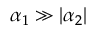
\alpha _ { 1 } \gg | \alpha _ { 2 } |